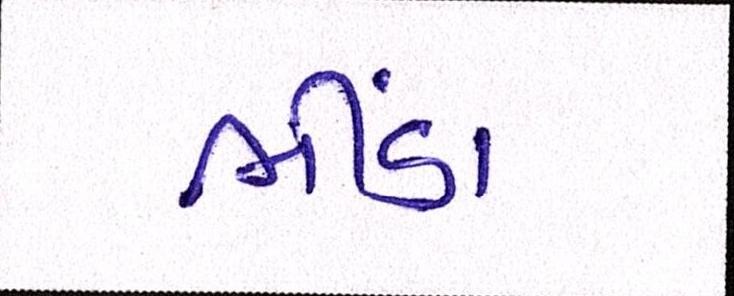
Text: ભીંડા